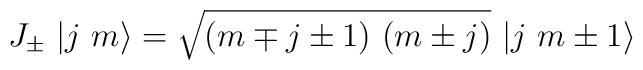
J_{\pm }\ |j\ m\rangle =\sqrt{(m\mp j\pm 1)\ (m\pm j)}\ |j\ m\pm 1\rangle